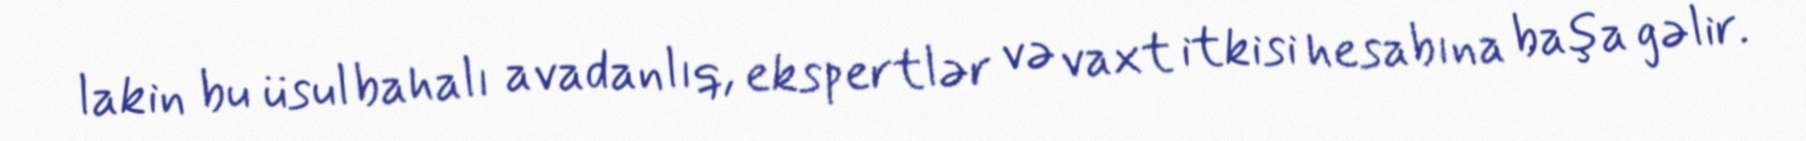
lakin bu üsul bahalı avadanlıq, ekspertlər və vaxt itkisi hesabına başa gəlir.